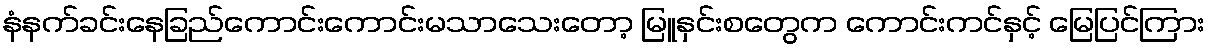
နံနက်ခင်းနေခြည်ကောင်းကောင်းမသာသေးတော့ မြူနှင်းစတွေက ကောင်းကင်နှင့် မြေပြင်ကြား